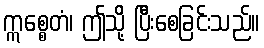
ဣစ္စေတံ၊ ဤသို့ ပြီးစေခြင်းသည်။